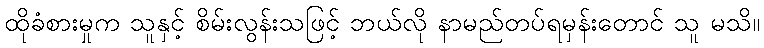
ထိုခံစားမှုက သူနှင့် စိမ်းလွန်းသဖြင့် ဘယ်လို နာမည်တပ်ရမှန်းတောင် သူ မသိ။